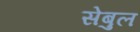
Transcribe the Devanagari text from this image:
सेबुल